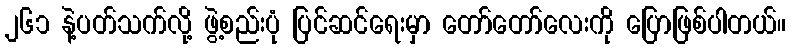
၂၆၁ နဲ့ပတ်သက်လို့ ဖွဲ့စည်းပုံ ပြင်ဆင်ရေးမှာ တော်တော်လေးကို ပြောဖြစ်ပါတယ်။